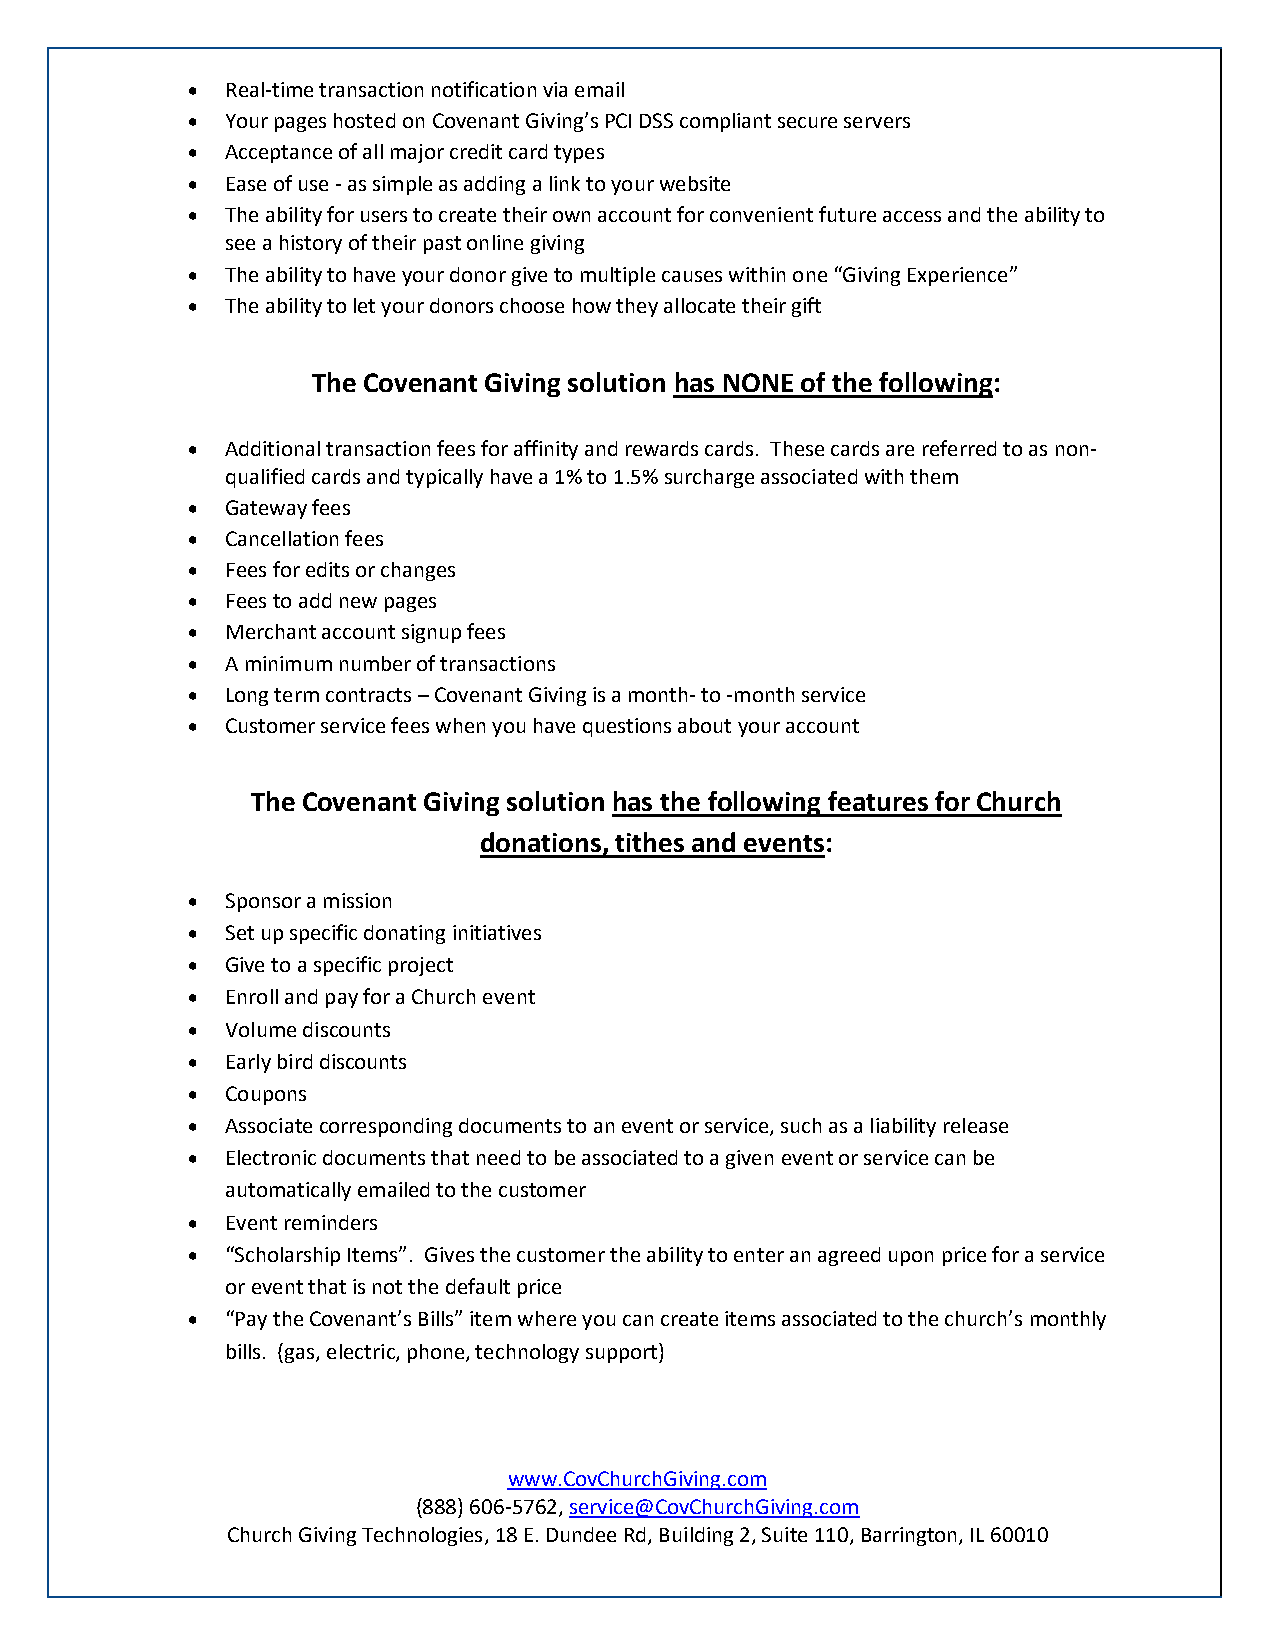
  Real-time transaction notification via email
   Your pages hosted on Covenant Giving’s PCI DSS compliant secure servers
   Acceptance of all major credit card types
   Ease of use - as simple as adding a link to your website
   The ability for users to create their own account for convenient future access and the ability to
 see a history of their past online giving
   The ability to have your donor give to multiple causes within one “Giving Experience”
   The ability to let your donors choose how they allocate their gift
 The Covenant Giving solution has NONE of the following:
   Additional transaction fees for affinity and rewards cards. These cards are referred to as non-
 qualified cards and typically have a 1% to 1.5% surcharge associated with them
   Gateway fees
   Cancellation fees
   Fees for edits or changes
   Fees to add new pages
   Merchant account signup fees
   A minimum number of transactions
   Long term contracts – Covenant Giving is a month- to -month service
   Customer service fees when you have questions about your account
 The Covenant Giving solution has the following features for Church
 donations, tithes and events:
   Sponsor a mission
   Set up specific donating initiatives
   Give to a specific project
   Enroll and pay for a Church event
   Volume discounts
   Early bird discounts
   Coupons
   Associate corresponding documents to an event or service, such as a liability release
   Electronic documents that need to be associated to a given event or service can be
 automatically emailed to the customer
   Event reminders
   “Scholarship Items”. Gives the customer the ability to enter an agreed upon price for a service
 or event that is not the default price
   “Pay the Covenant’s Bills” item where you can create items associated to the church’s monthly
 bills. (gas, electric, phone, technology support)
 www.CovChurchGiving.com
 (888) 606-5762, service@CovChurchGiving.com
 Church Giving Technologies, 18 E. Dundee Rd, Building 2, Suite 110, Barrington, IL 60010